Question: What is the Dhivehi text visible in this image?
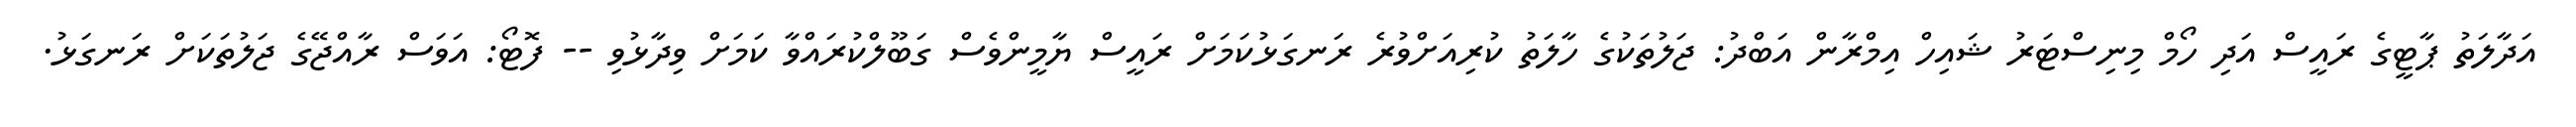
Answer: އަދާލަތު ޕާޓީގެ ރައީސް އަދި ހޯމް މިނިސްޓަރު ޝައިހް އިމްރާން އަބްދު: ޖަލުތަކުގެ ހާލަތު ކުރިއަށްވުރެ ރަނގަޅުކަމަށް ރައީސް ޔާމީންވެސް ގަބޫލްކުރައްވާ ކަމަށް ވިދާޅުވި -- ފޮޓޯ: އަވަސް ރާއްޖޭގެ ޖަލުތަކަށް ރަނގަޅު.